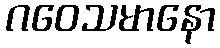
ဂဝေသမာနော